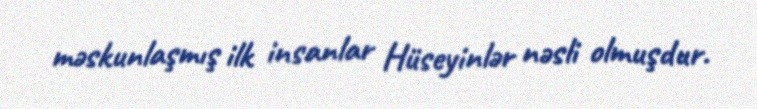
məskunlaşmış ilk insanlar Hüseyinlər nəsli olmuşdur.